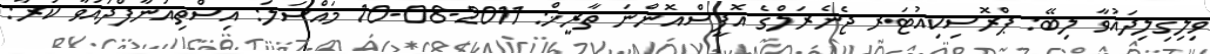
ވިލިގިލިދައުވާ ލިބޭ: ޕްރޮސިކިއުޓަރ ޖެނެރަލްގެ އޮފީސްއޮންނަ ތާރީޚް: 2011-08-10 މައްސަލަ: އިސްތިއުނާފްދައުވާ ކުރާ: